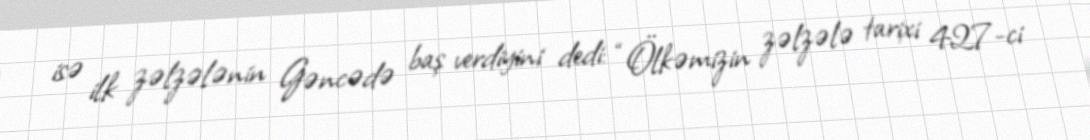
isə ilk zəlzələnin Gəncədə baş verdiyini dedi: “Ölkəmizin zəlzələ tarixi 427-ci